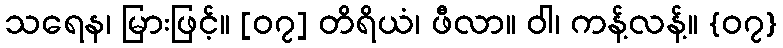
သရေန၊ မြားဖြင့်။ [၀၇] တိရိယံ၊ ဖီလာ။ ဝါ၊ ကန့်လန့်။ {၀၇}